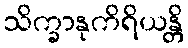
သိက္ခာနုကိရိယန္တိ